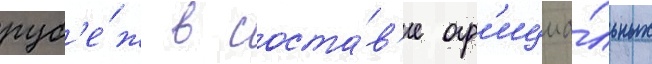
руб'е́ж в соста́в'е оф'ициа́льных